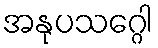
အနုပသဂ္ဂေါ